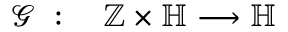
\begin{array} { r l } { \mathcal { G } \; : } & { { } \; \mathbb { Z } \times \mathbb { H } \longrightarrow \mathbb { H } } \end{array}